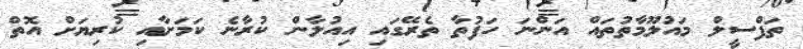
ތަފްސީލް މައުލޫމާތުތައް އަންނަ ހަފުތާ ތެރޭގައި އިއުލާން ކުރާނެ ކަމަށާއި ކުރިޔަށް އޮތް